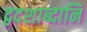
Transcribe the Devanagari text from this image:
द्वदशाब्दानि